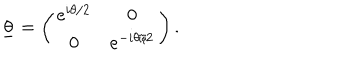
\underline { { { \theta } } } = \left( \begin{array} { c c } { { e ^ { i \theta / 2 } } } & { { 0 } } \\ { { 0 } } & { { e ^ { - i \theta / 2 } } } \\ \end{array} \right) .